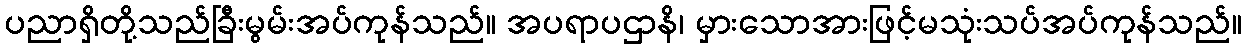
ပညာရှိတို့သည်ခြီးမွမ်းအပ်ကုန်သည်။ အပရာပဌာနိ၊ မှားသောအားဖြင့်မသုံးသပ်အပ်ကုန်သည်။